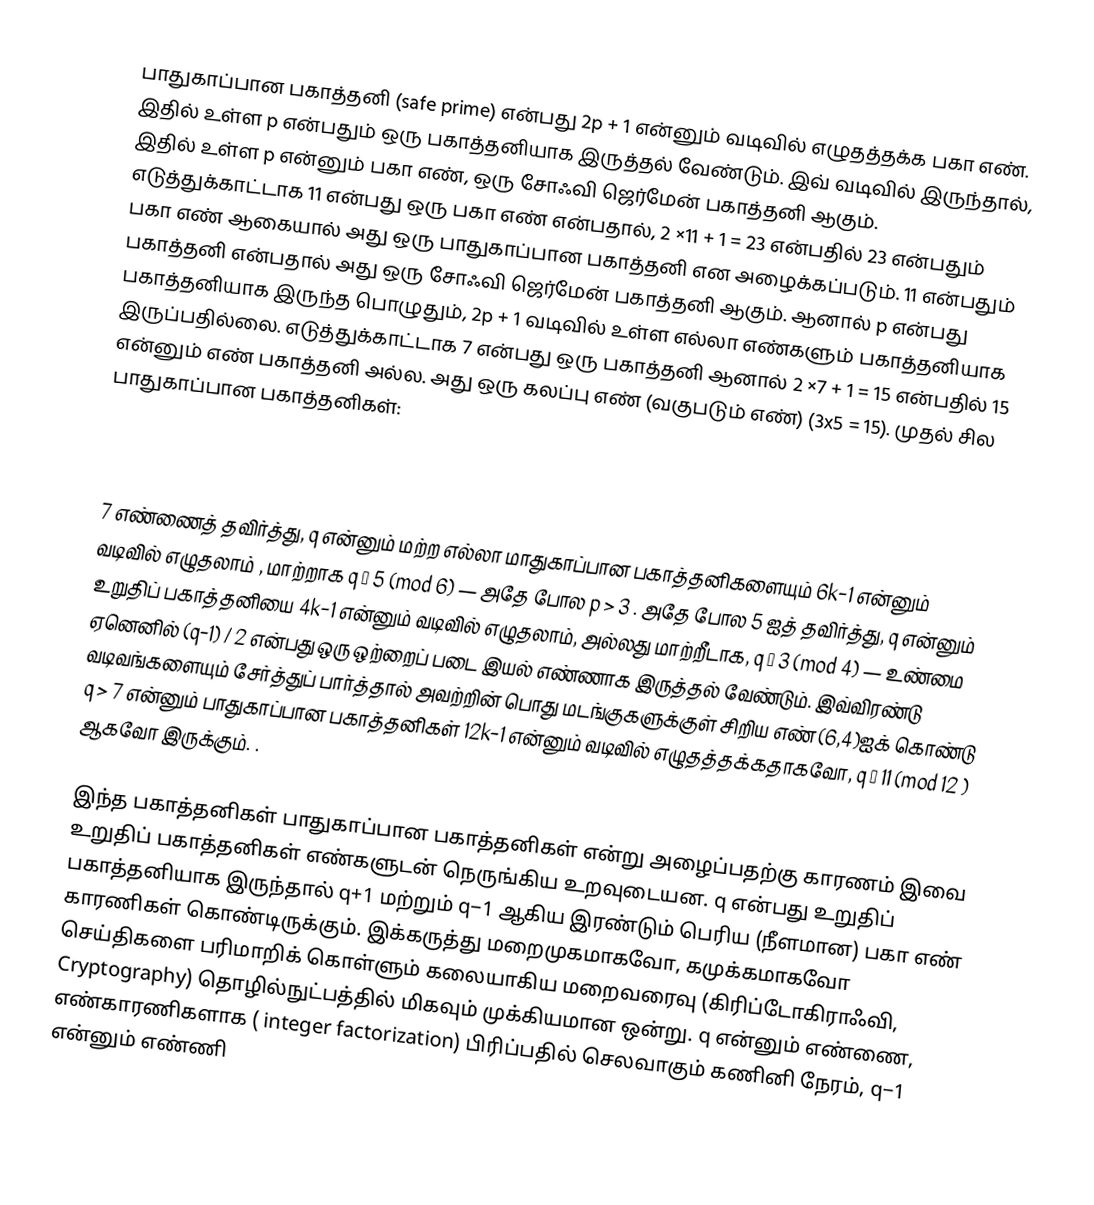
பாதுகாப்பான பகாத்தனி (safe prime) என்பது  2p + 1 என்னும் வடிவில் எழுதத்தக்க பகா எண். இதில் உள்ள p  என்பதும் ஒரு பகாத்தனியாக இருத்தல் வேண்டும். இவ் வடிவில் இருந்தால், இதில் உள்ள  p   என்னும் பகா எண், ஒரு சோஃவி ஜெர்மேன் பகாத்தனி ஆகும். எடுத்துக்காட்டாக 11 என்பது ஒரு பகா எண் என்பதால், 2 ×11 + 1 = 23 என்பதில் 23 என்பதும் பகா எண் ஆகையால் அது ஒரு பாதுகாப்பான பகாத்தனி என அழைக்கப்படும். 11 என்பதும் பகாத்தனி என்பதால் அது ஒரு  சோஃவி ஜெர்மேன் பகாத்தனி ஆகும். ஆனால்  p  என்பது பகாத்தனியாக இருந்த பொழுதும்,  2p + 1 வடிவில் உள்ள எல்லா எண்களும் பகாத்தனியாக இருப்பதில்லை. எடுத்துக்காட்டாக 7 என்பது ஒரு பகாத்தனி ஆனால் 2 ×7 + 1 = 15 என்பதில் 15 என்னும் எண் பகாத்தனி அல்ல. அது ஒரு கலப்பு எண் (வகுபடும் எண்) (3x5 = 15).  முதல் சில பாதுகாப்பான பகாத்தனிகள்:

5, 7, 11, 23, 47, 59, 83, 107, 167, 179, 227, 263, 347, 359, 383, 467, 479, 503, 563, 587, 719, 839, 863, 887, 983, 1019, 1187, 1283, 1307, 1319, 1367, 1439, 1487, 1523, 1619, 1823, 1907.

7 எண்ணைத் தவிர்த்து, q  என்னும் மற்ற எல்லா மாதுகாப்பான பகாத்தனிகளையும் 6k−1 என்னும் வடிவில் எழுதலாம் , மாற்றாக  q ≡ 5 (mod 6) — அதே போல p > 3 . அதே போல 5 ஐத் தவிர்த்து, q என்னும் உறுதிப் பகாத்தனியை 4k−1 என்னும் வடிவில் எழுதலாம், அல்லது  மாற்றீடாக, q ≡ 3 (mod 4) — உண்மை ஏனெனில் (q−1) / 2 என்பது ஒரு ஒற்றைப் படை இயல் எண்ணாக இருத்தல் வேண்டும். இவ்விரண்டு வடிவங்களையும் சேர்த்துப் பார்த்தால் அவற்றின் பொது மடங்குகளுக்குள் சிறிய எண் (6,4)ஐக் கொண்டு q > 7  என்னும் பாதுகாப்பான பகாத்தனிகள் 12k−1 என்னும் வடிவில் எழுதத்தக்கதாகவோ,  q ≡ 11 (mod 12 ) ஆகவோ இருக்கும். .

இந்த பகாத்தனிகள் பாதுகாப்பான பகாத்தனிகள் என்று அழைப்பதற்கு காரணம் இவை உறுதிப் பகாத்தனிகள் எண்களுடன் நெருங்கிய உறவுடையன.  q  என்பது  உறுதிப் பகாத்தனியாக இருந்தால் q+1 மற்றும்  q−1 ஆகிய இரண்டும் பெரிய (நீளமான) பகா எண் காரணிகள் கொண்டிருக்கும். இக்கருத்து மறைமுகமாகவோ, கமுக்கமாகவோ செய்திகளை பரிமாறிக் கொள்ளும் கலையாகிய மறைவரைவு (கிரிப்டோகிராஃவி, Cryptography) தொழில்நுட்பத்தில் மிகவும் முக்கியமான ஒன்று. q  என்னும் எண்ணை,  எண்காரணிகளாக ( integer factorization) பிரிப்பதில் செலவாகும் கணினி நேரம், q−1 என்னும் எண்ணி